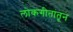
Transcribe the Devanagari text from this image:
लोकगीतांतून